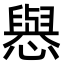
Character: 㦛